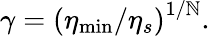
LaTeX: \gamma=\left(\eta_{\operatorname*{min}}/\eta_{s}\right)^{1/\mathbb{N}}.